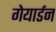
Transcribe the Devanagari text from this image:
गेयार्डन